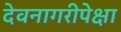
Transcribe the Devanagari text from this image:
देवनागरीपेक्षा